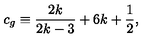
c _ { g } \equiv \frac { 2 k } { 2 k - 3 } + 6 k + \frac { 1 } { 2 } ,